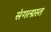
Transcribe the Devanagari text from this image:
संगत्ग्रस्त